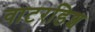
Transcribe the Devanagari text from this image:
वाटरडिश